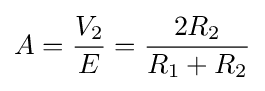
A={\frac {V_{2}}{E}}={\frac {2R_{2}}{R_{1}+R_{2}}}